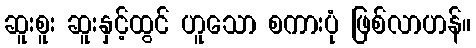
ဆူးစူး ဆူးနှင့်ထွင် ဟူသော စကားပုံ ဖြစ်လာဟန်။